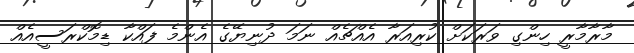
މާރާމާރީ ހިންގި ވަރަކަށް ކުރިއަރާ އެއްޗެއް ނަމަ ދުނިޔޭގެ އެންމެ ފައްކާ ޑިމޮކްރަސީއެއް